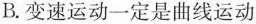
B.变速运动一定是曲线运动